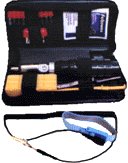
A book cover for Tool Kit for A+; A. McKinnon; Computers & Technology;